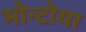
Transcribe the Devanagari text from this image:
मोन्टोया